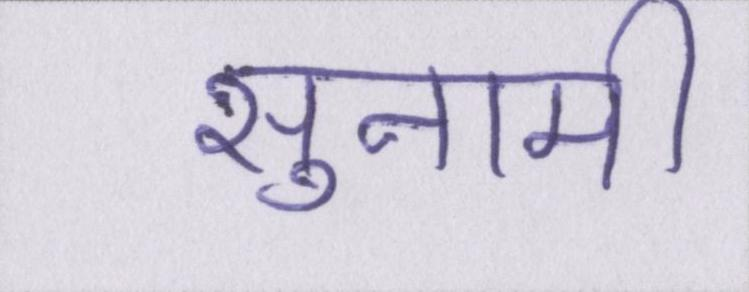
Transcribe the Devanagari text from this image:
सुनामी